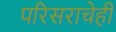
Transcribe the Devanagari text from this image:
परिसराचेही